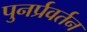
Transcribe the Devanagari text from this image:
पुनर्प्रवर्तन